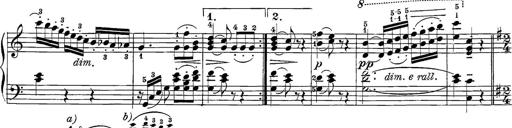
Title: 12 Sonatine per Pianoforte
Composer: Friedrich Kuhlau